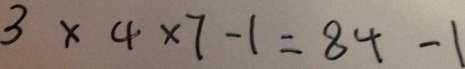
3 \times 4 \times 7 - 1 = 8 4 - 1